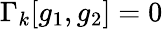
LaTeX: \Gamma_{k}[g_{1},g_{2}]=0